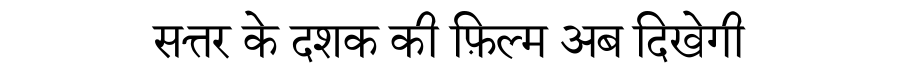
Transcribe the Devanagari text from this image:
सत्तर के दशक की फ़िल्म अब दिखेगी